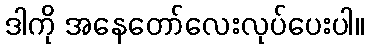
ဒါကို အနေတော်လေးလုပ်ပေးပါ။